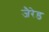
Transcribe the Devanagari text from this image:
जैरेड